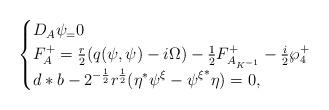
LaTeX: \begin{align*} \begin{cases} D_{A} \psi_ =0 \\F_{A}^{+}= \frac{r}{2}(q(\psi,\psi)- i\Omega) - \frac{1}{2} F^+_{A_{K^{-1}}} - \frac{i}{2} \wp_4^+\\*d*b -2^{-\frac{1}{2}}r^{\frac{1}{2}}(\eta^* \psi^{\xi}-{\psi^{\xi}}^* \eta)=0, \end{cases}\end{align*}